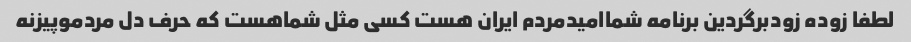
لطفا زوده زودبرگردین برنامه شماامیدمردم ایران هست کسی مثل شماهست که حرف دل مردموپیزنه